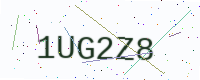
Text: 1UG2Z8